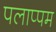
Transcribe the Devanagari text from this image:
पलाप्पम